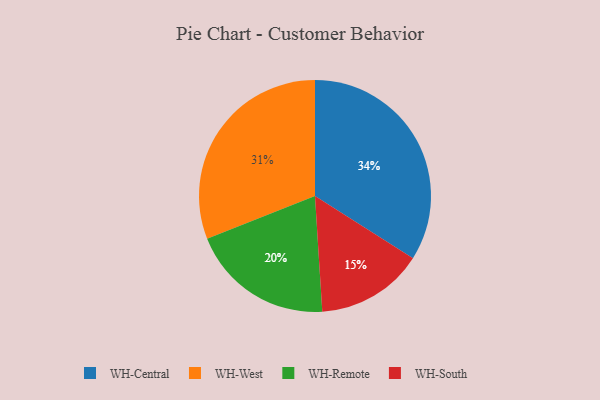
{"axis": {"x": "Category", "y": "Percentage"}, "legend": ["WH-Central", "WH-Remote", "WH-South", "WH-West"], "data": [{"x": "WH-West", "y": 31, "type": "WH-West"}, {"x": "WH-South", "y": 15, "type": "WH-South"}, {"x": "WH-Remote", "y": 20, "type": "WH-Remote"}, {"x": "WH-Central", "y": 34, "type": "WH-Central"}]}